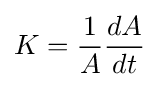
K={\frac {1}{A}}{\frac {dA}{dt}}